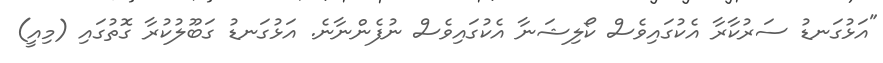
"އަޅުގަނޑު ސަރުކާރާ އެކުގައިވެސް ކޯލިޝަނާ އެކުގައިވެސް ނުފެންނާނެ. އަޅުގަނޑު ގަބޫލުކުރާ ގޮތުގައި (މިއީ)